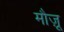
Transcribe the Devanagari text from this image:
मौज़ू